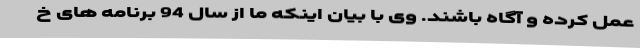
عمل کرده و آگاه باشند. وی با بیان اینکه ما از سال 94 برنامه های خ